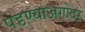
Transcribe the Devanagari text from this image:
पडण्याअगोदर